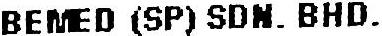
BEMED (SP) SDN. BHD.